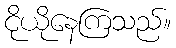
ငိုယိုနေကြသည်။